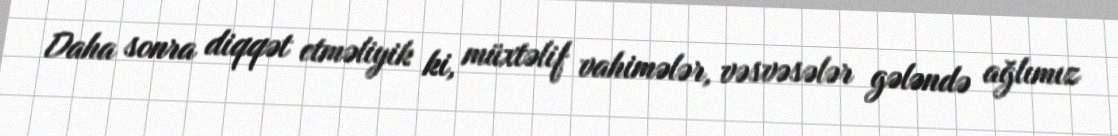
Daha sonra diqqət etməliyik ki, müxtəlif vahimələr, vəsvəsələr gələndə ağlımız